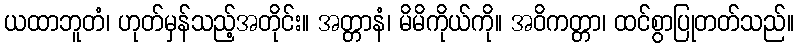
ယထာဘူတံ၊ ဟုတ်မှန်သည့်အတိုင်း။ အတ္တာနံ၊ မိမိကိုယ်ကို။ အဝိကတ္တာ၊ ထင်စွာပြုတတ်သည်။